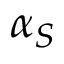
\alpha _ { S }